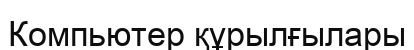
Компьютер құрылғылары